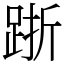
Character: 䟷